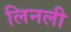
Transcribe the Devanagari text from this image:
लिनली